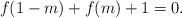
LaTeX: \begin{align*}f(1-m)+f(m)+1=0.\end{align*}